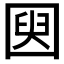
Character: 𫭌